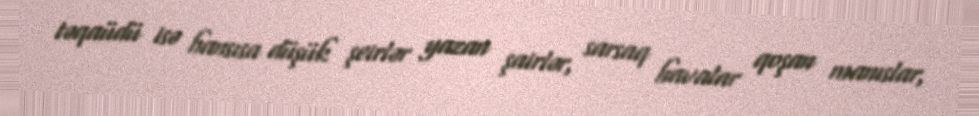
təqaüdü isə hansısa düşük şeirlər yazan şairlər, sarsaq havalar qoşan manıslar,